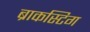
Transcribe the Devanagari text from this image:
ब्राकस्टिग